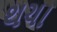
થચા